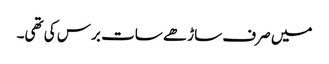
میں صرف ساڑھے سات برس کی تھی۔